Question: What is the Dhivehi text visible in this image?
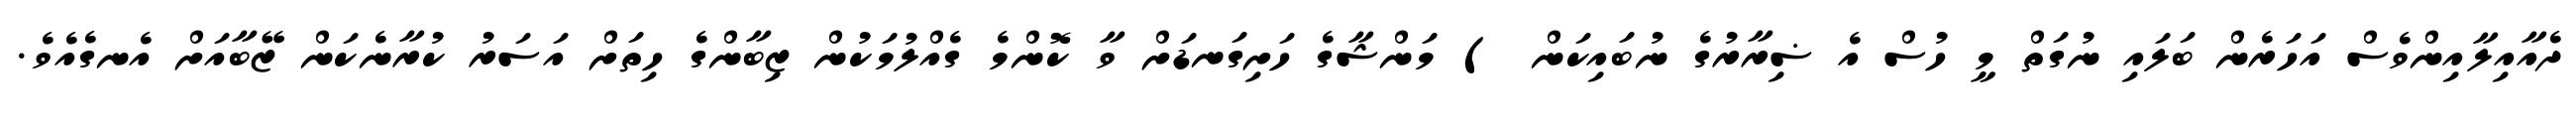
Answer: ދެއާއިލާއިންވެސް އަހަރެން ބަލައި ނުގަތް މީ ހުސް އެ ޟިރާރުގެ ނުބައިކަން ) މަންޝާގެ ހަށިގަނޑަށް ވާ ކޮންމެ ގެއްލުމަކުން ޒިބާންގެ ހިތަށް އަސަރު ކުރާނެކަން ޒޭބާއަށް އެނގެއެވެ.